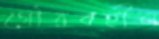
গৌরবহীন